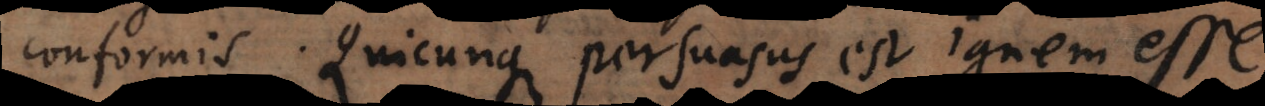
conformis. Quicunque persuasus est ignem esse